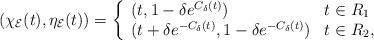
LaTeX: \begin{align*}(\chi_{\mathcal{E}}(t),\eta_{\mathcal{E}}(t))=\left\{\begin{array}{ll} (t,1-\delta e^{C_{\delta}(t)}) &t\in R_1 \\(t+\delta e^{-C_{\delta}(t)},1-\delta e^{-C_{\delta}(t)}) &t\in R_2,\\\end{array} \right.\end{align*}